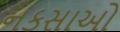
નકસાઓ